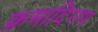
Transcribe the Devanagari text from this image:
क्रमादिगण